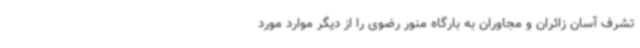
تشرف آسان زائران و مجاوران به بارگاه منور رضوی را از دیگر موارد مورد